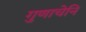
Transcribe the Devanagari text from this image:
गुणाचेनि